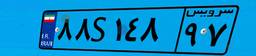
۸۸S۱۴۸۹۷